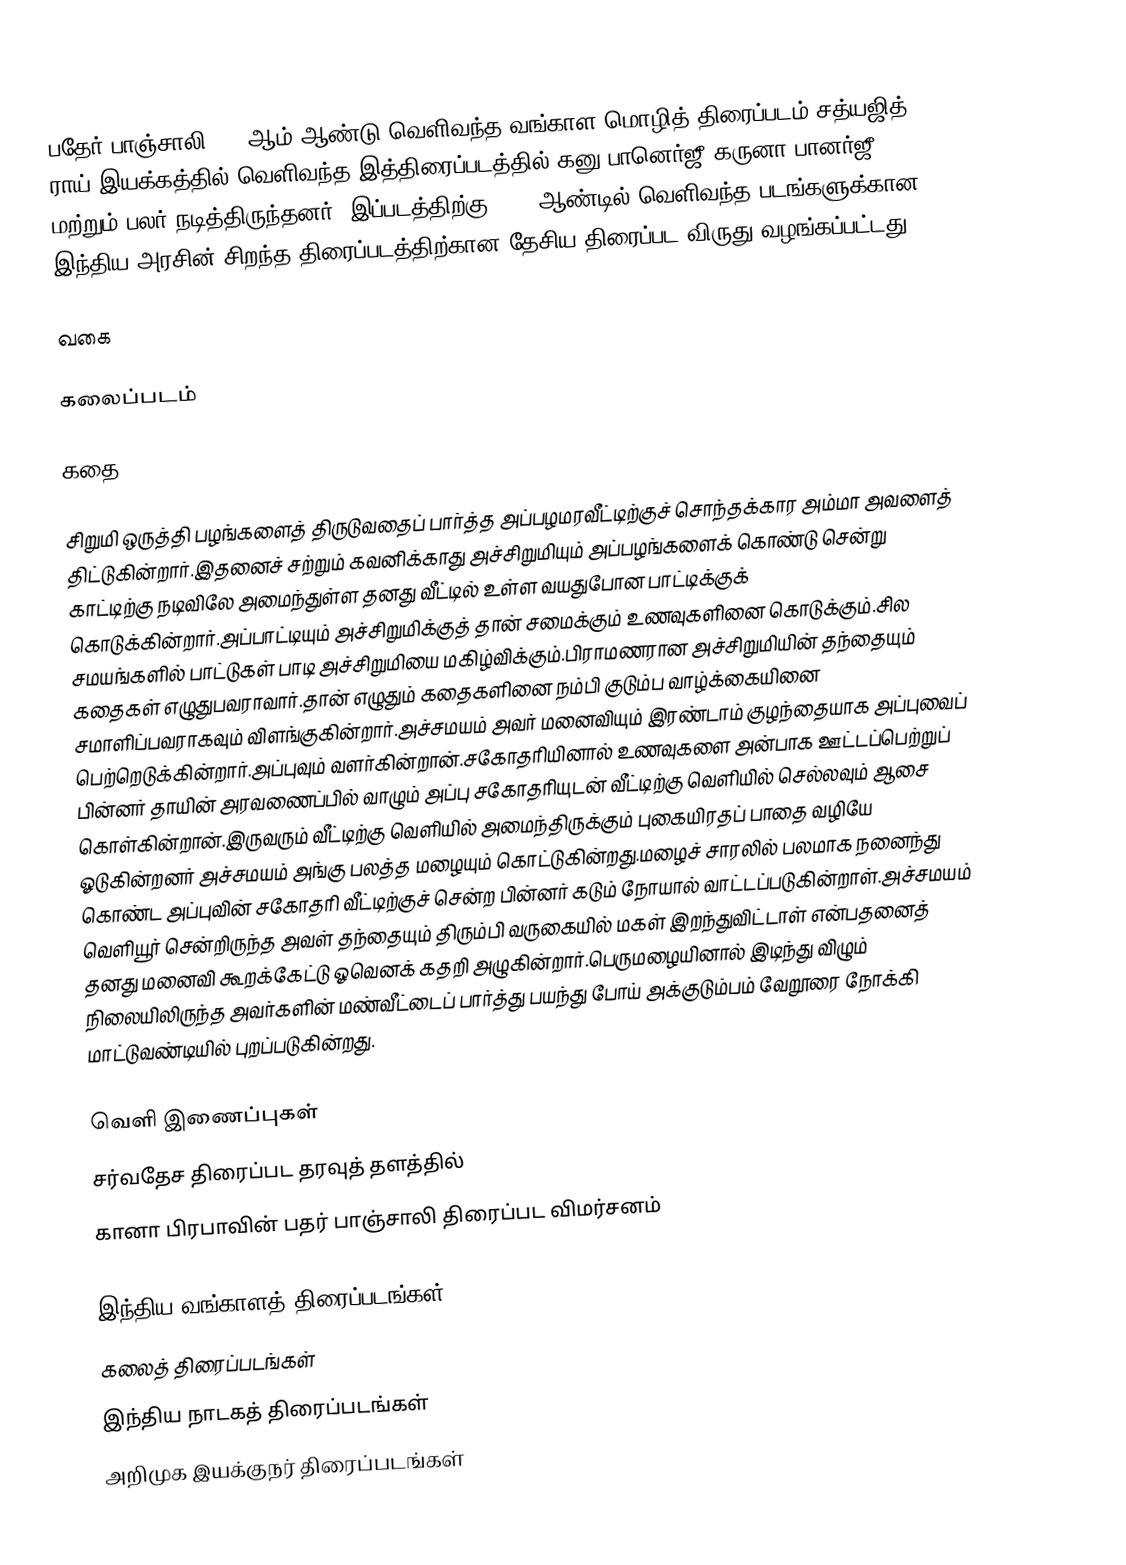
பதேர் பாஞ்சாலி 1955ஆம் ஆண்டு வெளிவந்த  வங்காள மொழித் திரைப்படம்.சத்யஜித் ராய் இயக்கத்தில் வெளிவந்த இத்திரைப்படத்தில் கனு பானெர்ஜீ,கருனா பானர்ஜீ மற்றும் பலர் நடித்திருந்தனர். இப்படத்திற்கு 1955 ஆண்டில் வெளிவந்த படங்களுக்கான இந்திய அரசின் சிறந்த திரைப்படத்திற்கான தேசிய திரைப்பட விருது வழங்கப்பட்டது.

வகை

கலைப்படம்

கதை

சிறுமி ஒருத்தி பழங்களைத் திருடுவதைப் பார்த்த அப்பழமரவீட்டிற்குச் சொந்தக்கார அம்மா அவளைத் திட்டுகின்றார்.இதனைச் சற்றும் கவனிக்காது அச்சிறுமியும் அப்பழங்களைக் கொண்டு சென்று காட்டிற்கு நடிவிலே அமைந்துள்ள தனது வீட்டில் உள்ள வயதுபோன பாட்டிக்குக் கொடுக்கின்றார்.அப்பாட்டியும் அச்சிறுமிக்குத் தான் சமைக்கும் உணவுகளினை கொடுக்கும்.சில சமயங்களில் பாட்டுகள் பாடி அச்சிறுமியை மகிழ்விக்கும்.பிராமணரான அச்சிறுமியின் தந்தையும் கதைகள் எழுதுபவராவார்.தான் எழுதும் கதைகளினை நம்பி குடும்ப வாழ்க்கையினை சமாளிப்பவராகவும் விளங்குகின்றார்.அச்சமயம் அவர் மனைவியும் இரண்டாம் குழந்தையாக அப்புவைப் பெற்றெடுக்கின்றார்.அப்புவும் வளர்கின்றான்.சகோதரியினால் உணவுகளை அன்பாக ஊட்டப்பெற்றுப் பின்னர் தாயின் அரவணைப்பில் வாழும் அப்பு சகோதரியுடன் வீட்டிற்கு வெளியில் செல்லவும் ஆசை கொள்கின்றான்.இருவரும் வீட்டிற்கு வெளியில் அமைந்திருக்கும் புகையிரதப் பாதை வழியே ஓடுகின்றனர் அச்சமயம் அங்கு பலத்த மழையும் கொட்டுகின்றது.மழைச் சாரலில் பலமாக நனைந்து கொண்ட அப்புவின் சகோதரி வீட்டிற்குச் சென்ற பின்னர் கடும் நோயால் வாட்டப்படுகின்றாள்.அச்சமயம் வெளியூர் சென்றிருந்த அவள் தந்தையும் திரும்பி வருகையில் மகள் இறந்துவிட்டாள் என்பதனைத் தனது மனைவி கூறக்கேட்டு ஓவெனக் கதறி அழுகின்றார்.பெருமழையினால் இடிந்து விழும் நிலையிலிருந்த அவர்களின் மண்வீட்டைப் பார்த்து பயந்து போய் அக்குடும்பம் வேறூரை நோக்கி மாட்டுவண்டியில் புறப்படுகின்றது.

வெளி இணைப்புகள்
 சர்வதேச திரைப்பட தரவுத் தளத்தில்
 கானா பிரபாவின் பதர் பாஞ்சாலி திரைப்பட விமர்சனம்

இந்திய வங்காளத் திரைப்படங்கள்
கலைத் திரைப்படங்கள்
இந்திய நாடகத் திரைப்படங்கள்
அறிமுக இயக்குநர் திரைப்படங்கள்